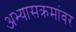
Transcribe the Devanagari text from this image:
अभ्यासक्रमांवर